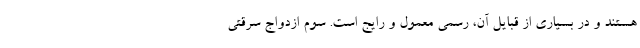
هستند و در بسیاری از قبایل آن، رسمی معمول و رایج است. سوم ازدواج سرقتی